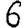
Digit: 6